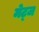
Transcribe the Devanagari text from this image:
मेट्ज